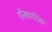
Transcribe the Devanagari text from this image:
शौनकादिक